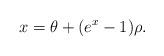
LaTeX: \begin{align*}x=\theta+(e^{x}-1)\rho.\end{align*}